Vaccination North-Western Provinces and Oudh 1896-1901 - 1896-1901
Year: 1896
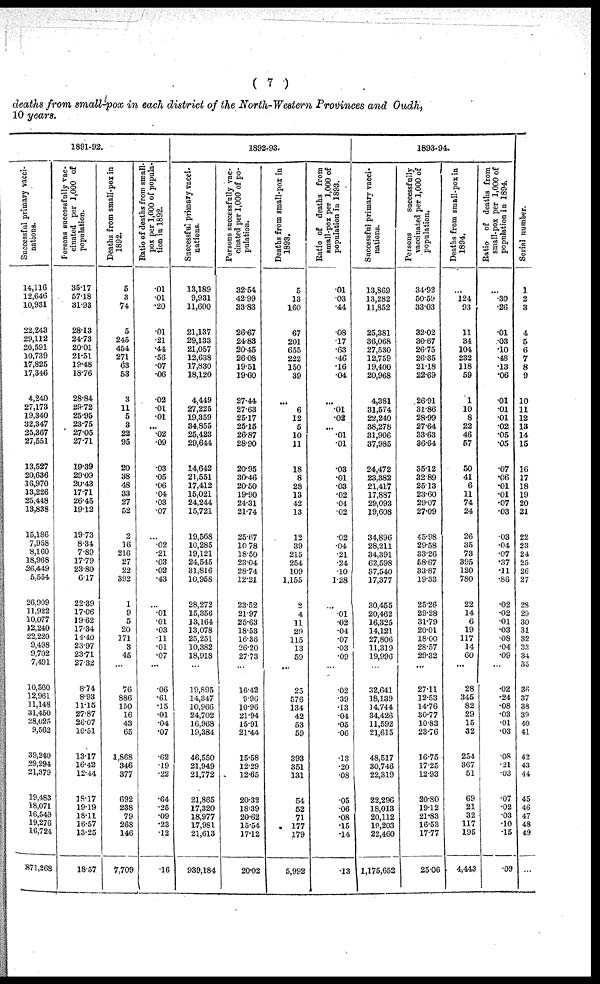
( 7 )
deaths from small-pox in each district of the North-Western Provinces and Oudh,
10 years.
1891-92.
Successful primary vacci-
nations.
14,116
12,646
10,931
22,243
29,112
30,591
10,739
17,825
17,346
4,240
27,173
19,340
32,347
25,367
27,551
13,527
20,636
16,970
13,226
25,448
13,838
15,186
7,958
8,160
18,968
26,449
5,554
26,909
11,922
10,077
12,240
22,220
9,498
9,702
7,491
10,560
12,961
11,148
31,450
28,025
9,562
39,240
29,294
21,379
19,483
18,071
16,549
19,276
16,724
871,268
Persons successfully vac-
cinated per 3,000 of
population.
35.17
57.18
31.93
28.13
24.73
20.01
21.51
19.48
18.76
28.84
29.72
25.95
23.75
27.05
27.71
19.39
29.09
20.43
17.71
26.45
19.12
19.73
8.34
7.89
17.79
23.80
6.17
22.39
17.06
19.62
17.34
14.40
23.97
23.71
27.32
8.74
8.93
11.15
27.87
26.07
10.51
13.17
16.42
12.44
18.17
19.19
18.11
16.57
13.25
18.57
Deaths from small-pox in
1892.
5
3
74
5
245
454
271
63
53
3
11
5
3
22
95
20
38
48
33
27
52
2
16
216
27
22
392
1
9
5
20
171
3
45
...
76
886
150
16
43
65
1,868
346
377
692
238
79
268
146
7,709
Ratio of deaths from small-
pox per 1,000 of popula-
tion in 1892.
.01
.01
.20
.01
.21
.44
.56
.07
.06
.02
.01
.01
...
.02
.09
.03
.05
.06
.04
.03
.07
...
.02
.21
.03
.02
.43
...
.01
.01
.03
.11
.01
.07
...
.06
.61
.15
.01
.04
.07
.62
.19
.22
.64
.25
.09
.23
.12
.16
1892-93.
Successful primary vacci-
nations.
13,189
9,931
11,600
21,137
29,133
21,057
12,638
17,830
18,120
4,449
27,225
19,359
34,855
25,423
29,644
14,642
21,551
17,412
15,021
24,244
15,721
19,568
10,285
19,121
24,545
31,816
10,958
28,272
15,356
33,164
13,078
25,251
10,382
18,918
...
19,895
14,347
10,966
24,702
16,968
19,384
46,550
21,949
21,772
21,865
17,320
18,977
17,981
21,613
939,184
Persons successfully vac-
cinated per 1,000 of po-
pulation.
32.54
42.99
33.83
26.67
24.83
20.45
26.08
19.51
19.60
27.44
27.63
25.17
25.15
26.87
28.90
20.95
30.46
20.50
19.90
24.31
21.74
25.67
10.78
18.50
23.04
28.74
12.21
23.52
21.97
25.63
18.53
16.36
26.20
27.73
...
16.42
9.96
10.96
21.94
15.91
21.44
15.58
12.29
12.65
20.32
18.39
20.62
15.54
17.12
20.02
Deaths from small-pox in
1893.
5
13
160
67
201
655
222
150
39
...
6
12
5
10
11
18
8
28
13
42
13
12
39
215
254
109
1,155
2
4
11
29
115
13
59
...
25
576
134
42
53
59
393
351
131
54
52
71
177
179
5,992
Ratio of deaths from
small-pox per 1,000 of
population in 1893.
.01
.03
.44
.08
.17
.63
.46
.16
.04
...
.01
.02
...
.01
.01
.03
.01
.03
.02
.04
.02
.02
.04
.21
.24
.10
1.28
...
.01
.02
.04
.07
.03
.09
...
.02
.39
.13
.04
.05
.06
.13
.20
.08
.05
.06
.08
.15
.14
.13
1893-94.
Successful primary vacci-
nations.
13,869
13,282
11,852
25,381
36,068
27,530
12,759
19,400
20,968
4,381
31,574
22,240
38,278
31,906
37,985
24,472
23,382
21,417
17,887
29,093
19,608
34,896
28,211
34,391
62,598
37,540
17,377
30,455
20,462
16,325
14,121
27,806
11,319
19,996
...
32,641
18,139
14,744
34,426
11,592
21,615
48,517
30,746
22,319
22,296
18,013
20,112
10,203
22,460
1,175,652
Persons
successfully
vaccinated per 1,000 of
population.
34.92
50.59
33.03
32.02
30.67
26.75
26.35
21.18
22.69
26.91
31.86
28.99
27.64
33.63
36.64
35.12
32.89
25.13
23.60
29.07
27.09
45.98
29.58
33.26
58.67
33.87
19.33
25.26
29.28
31.79
20.01
18.00
28.57
29.32
...
27.11
12.53
14.76
30.77
10.83
23.76
16.75
17.25
12.93
20.80
19.12
21.83
16.53
17.77
25.06
Deaths from small-pox in
1894.
...
124
93
11
34
104
232
118
59
1
10
8
22
46
57
50
41
6
11
74
24
26
35
73
395
120
780
22
14
6
19
117
14
60
...
28
345
82
29
15
32
254
367
51
69
21
32
117
195
4,443
Ratio of deaths from
small-pox per 1,000 of
population in 1894.
...
.30
.26
.01
.03
.10
.48
.13
.06
.01
.01
.01
.02
.05
.05
.07
.06
.01
.01
.07
.03
.03
.04
.07
.37
.11
.86
.02
.02
.01
.03
.08
.04
.09
...
.02
.24
.08
.03
.01
.03
.08
.21
.03
.07
.02
.03
.10
.15
.09
Serial number.
1
2
3
4
5
6
7
8
9
10
11
12
13
14
15
16
17
18
19
20
21
22
23
24
25
26
27
28
29
30
31
32
33
34
35
36
37
38
39
40
41
42
43
44
45
46
47
48
49
...